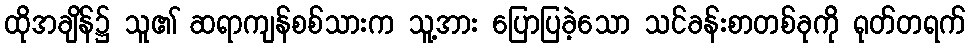
ထိုအချိန်၌ သူ၏ ဆရာကျန်စစ်သားက သူ့အား ပြောပြခဲ့သော သင်ခန်းစာတစ်ခုကို ရုတ်တရက်